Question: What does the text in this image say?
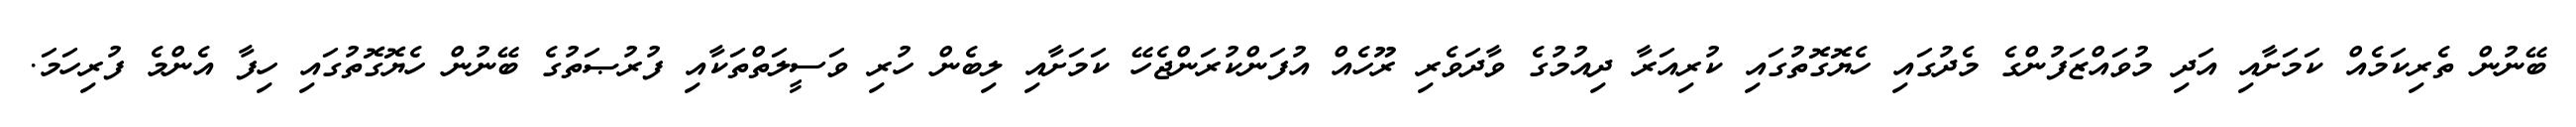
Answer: ބޭނުން ތެރިކަމެއް ކަމަށާއި އަދި މުވައްޒަފުންގެ މެދުގައި ހެޔޮގޮތުގައި ކުރިއަރާ ދިއުމުގެ ވާދަވެރި ރޫހެއް އުފަންކުރަންޖެހޭ ކަމަށާއި ލިބެން ހުރި ވަސީލަތްތަކާއި ފުރުޞަތުގެ ބޭނުން ހެޔޮގޮތުގައި ހިފާ އެންމެ ފުރިހަމަ.